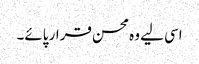
اسی لیے وہ محسن قرار پائے۔